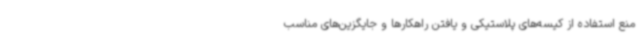
منع استفاده از کیسه‌های پلاستیکی و یافتن راهکارها و جایگزین‌های مناسب